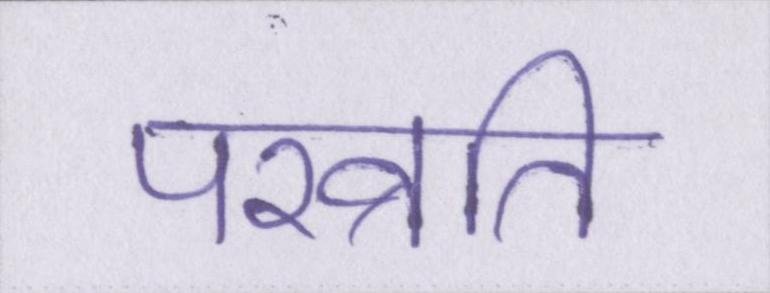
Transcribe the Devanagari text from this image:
परव्रति